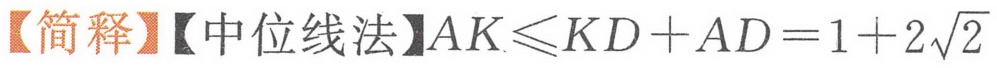
【简释】【中位线法】\(AK\leqslant KD + AD=1 + 2\sqrt{2}\)